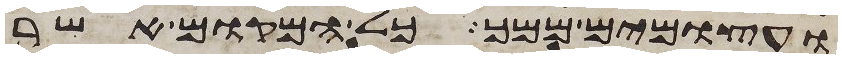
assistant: ועצמים ממך כל המקום אשר